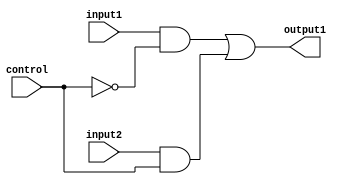
//2 to 1 MUX - Created by Deva

module MUX2to1 (input1, input2, control, output1);

input input1, input2, control;
output output1;

//0 - input1
//1 - input2

wire and1Output, and2Output, control_bar;

not inverter1(control_bar, control);
and and1 (and1Output, input1, control_bar);
and and2 (and2Output, input2, control);
or or1 (output1, and1Output, and2Output); 

endmodule